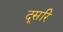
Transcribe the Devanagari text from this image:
दूसरि